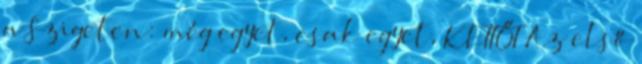
a Szigeten: még egyet, csak egyet, KETTŐT Az első